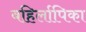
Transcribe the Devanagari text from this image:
बहिर्लापिका